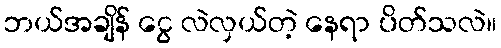
ဘယ်အချိန် ငွေ လဲလှယ်တဲ့ နေရာ ပိတ်သလဲ။